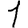
Digit: 1